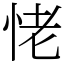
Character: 恅